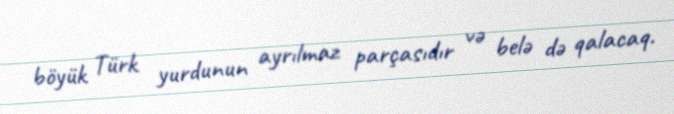
böyük Türk yurdunun ayrılmaz parçasıdır və belə də qalacaq.